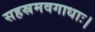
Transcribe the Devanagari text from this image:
सहस्रमवगाधाः।